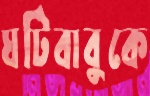
ঘটিবাবুকে